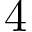
4